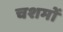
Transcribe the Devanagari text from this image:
चशमों